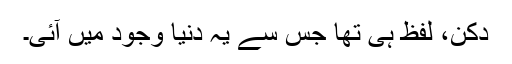
دکن، لفظ ہی تھا جس سے یہ دنیا وجود میں آئی۔